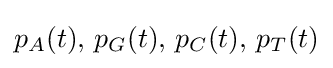
p_{A}(t),\,p_{G}(t),\,p_{C}(t),\,p_{T}(t)